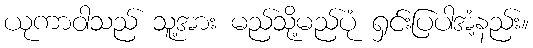
ယုကာဝါသည် သူ့အား မည်သို့မည်ပုံ ရှင်းပြပါအံ့နည်း။